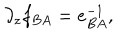
\partial _ { z } f _ { B A } = e _ { B A } ^ { - 1 } ,